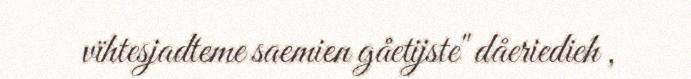
vïhtesjadteme saemien gåetijste" dåeriedieh ,